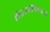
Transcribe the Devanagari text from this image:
कॅटलॉगिंगचे